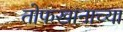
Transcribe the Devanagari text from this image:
तोफखानाच्या